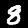
Digit: 8